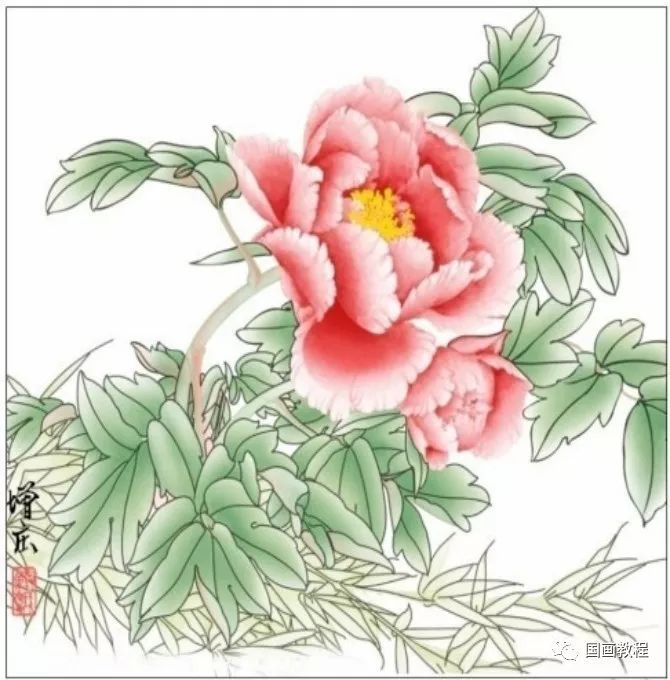
仙人琪树白无色，王母桃花小不香。